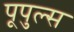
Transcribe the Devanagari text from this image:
पूपुल्स